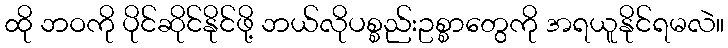
ထို ဘဝကို ပိုင်ဆိုင်နိုင်ဖို့ ဘယ်လိုပစ္စည်းဥစ္စာတွေကို အရယူနိုင်ရမလဲ။